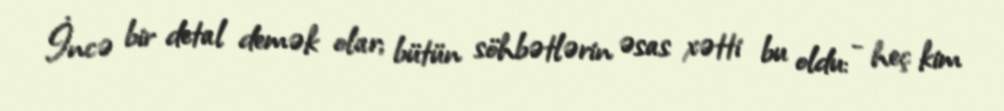
İncə bir detal demək olar; bütün söhbətlərin əsas xətti bu oldu: - heç kim